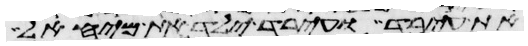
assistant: את עירד ועירד ילד את מיהאל